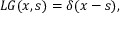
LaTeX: L G ( x , s ) = \delta ( x - s ) ,